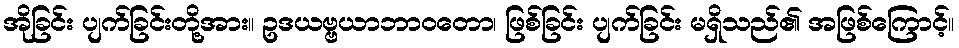
အိုခြင်း ပျက်ခြင်းတို့အား။ ဥဒယဗ္ဗယာဘာဝတော၊ ဖြစ်ခြင်း ပျက်ခြင်း မရှိသည်၏ အဖြစ်ကြောင့်။